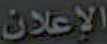
الإعلان